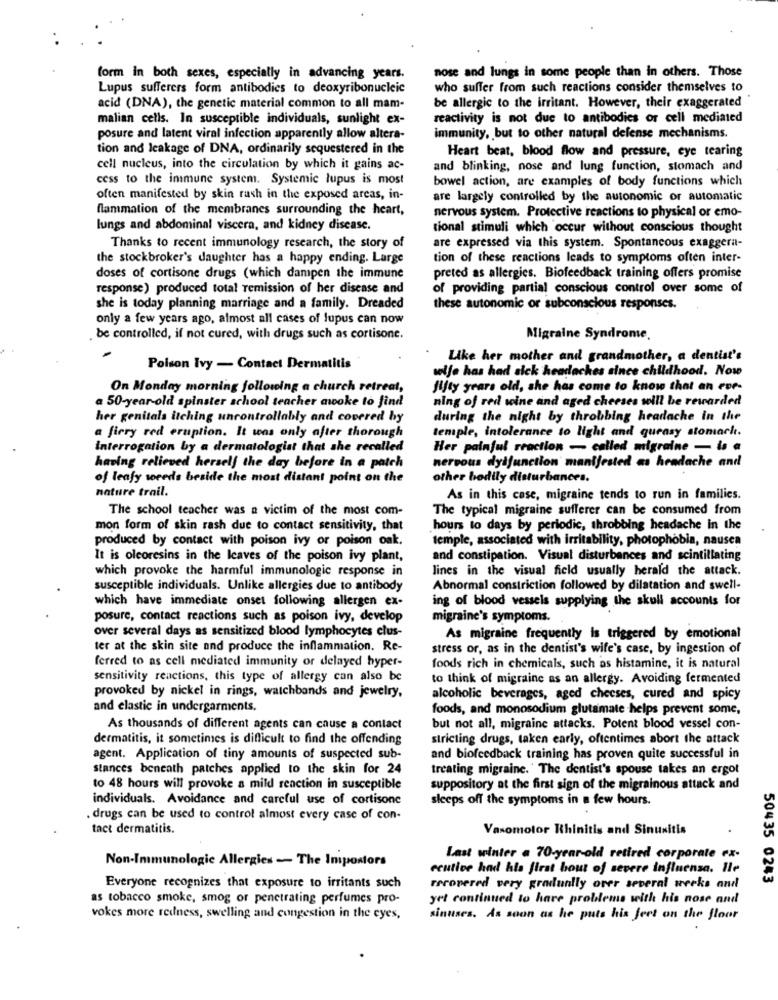
form in both sexes, especially in advancing years.
nose and lungs in some people than in others. Those
Lupus sufferers form antibodies to deoxyribonucleic
who suffer from such reactions consider themselves to
acid (DNA), the genetic material common to all mam-
be allergic to the irritant. However, their exaggerated
malian cells. In susceptible individuals, sunlight ex-
reactivity is not due to antibodies or cell mediated
posure and latent viral infection apparently allow altera-
immunity, but to other natural defense mechanisms.
tion and leakage of DNA, ordinarily sequestered in the
Heart beat, blood flow and pressure, eye tearing
cell nucleus, into the circulation by which it gains ac-
and blinking, nose and lung function, stomach and
cess to the immune system. Systemic lupus is most
bowel action, are examples of body functions which
often manifested by skin rash in the exposed areas, in-
are largely controlled by the autonomic or automatic
flammation of the membranes surrounding the heart,
nervous system. Protective reactions to physical or emo-
lungs and abdominal viscera, and kidney disease.
tional stimuli which occur without conscious thought
Thanks to recent immunology research, the story of
are expressed via this system. Spontaneous exaggera-
the stockbroker's daughter has a happy ending. Large
tion of these reactions leads to symptoms often inter-
doses of cortisone drugs (which dampen the immune
preted as allergies. Biofeedback training offers promise
response) produced total remission of her disease and
of providing partial conscious control over some of
she is today planning marriage and a family. Dreaded
these autonomic or subconscious responses.
only a few years ago, almost all cases of lupus can now
. be controlled, if not cured, with drugs such as cortisone.
Migraine Syndrome.
Like her mother and grandmother, a dentist's
Poison Ivy - Contact Dermatitis
wolfe has had sick headaches since childhood. Now
On Monday morning following a church retreat,
fifty years old, she has come to know that an rop-
ning of red wine and aged cheeses will be rewarded
a 50-year-old spinster school teacher awoke to find
her genitals itching uncontrollably and covered by
during the night by throbbing headache in the
temple, intolerance to light and queasy stomach.
a fiery red eruption. It was only after thorough
interrogation by a dermatologist that she recalled
Her painful reaction - called migraine - is a
nervous dysfunction manifested as headache and
having relieved herself the day before in a patch
of leafy weeds beside the most distant point on the
other bodily disturbances.
nature trail.
As in this case, migraine tends to run in families.
The school teacher was a victim of the most com-
The typical migraine sufferer can be consumed from
mon form of skin rash due to contact sensitivity, that
hours to days by periodic, throbbing headache in the
produced by contact with poison ivy or poison oak.
temple, associated with irritability, photophobia, nausea
It is oleoresins in the leaves of the poison ivy plant,
and constipation. Visual disturbances and scintillating
which provoke the harmful immunologie response in
lines in the visual field usually herald the attack.
susceptible individuals. Unlike allergies due to antibody
Abnormal constriction followed by dilatation and swell-
which have immediate onset following allergen ex-
ing of blood vessels supplying the skull accounts for
posure, contact reactions such as poison ivy, develop
migraine's symptoms.
over several days as sensitized blood lymphocytes clus-
As migraine frequently is triggered by emotional
ter at the skin site and produce the inflammation. Re-
stress or, as in the dentist's wife's case, by ingestion of
ferred to as cell mediated immunity or delayed hyper-
foods rich in chemicals, such as histamine, it is natural
sensitivity reactions, this type of allergy can also be
to think of migraine as an allergy. Avoiding fermented
provoked by nickel in rings, watchbands and jewelry,
alcoholic beverages, aged cheeses, cured and spicy
and elastic in undergarments.
foods, and monosodium glutamate helps prevent some,
As thousands of different agents can cause a contact
but not all, migraine attacks. Potent blood vessel con-
dermatitis, it sometimes is difficult to find the offending
stricting drugs, taken early, oftentimes abort the attack
agent. Application of tiny amounts of suspected sub-
and biofeedback training has proven quite successful in
Stances beneath patches applied to the skin for 24
treating migraine. ' The dentist's spouse takes an ergot
to 48 hours will provoke a mild reaction in susceptible
suppository at the first sign of the migrainous attack and
individuals. Avoidance and careful use of cortisone
sleeps off the symptoms in a few hours.
. drugs can be used to control almost every case of con-
tact dermatitis.
Vasomotor Rhinitis and Sinusitis
Non-Immunologie Allergies - The Importors
Last winter a 70-year-old retired corporate ex-
ceutive had his first bout of severe influensa. Ile
50435 0243
Everyone recognizes that exposure to irritants such
recovered very gradually over several weeks and
as tobacco smoke, smog or penetrating perfumes pro-
yet continued to have problems with his nose and
vokes more redness, swelling and congestion in the eyes,
sinuses. As soon as he puts his feet on the floor